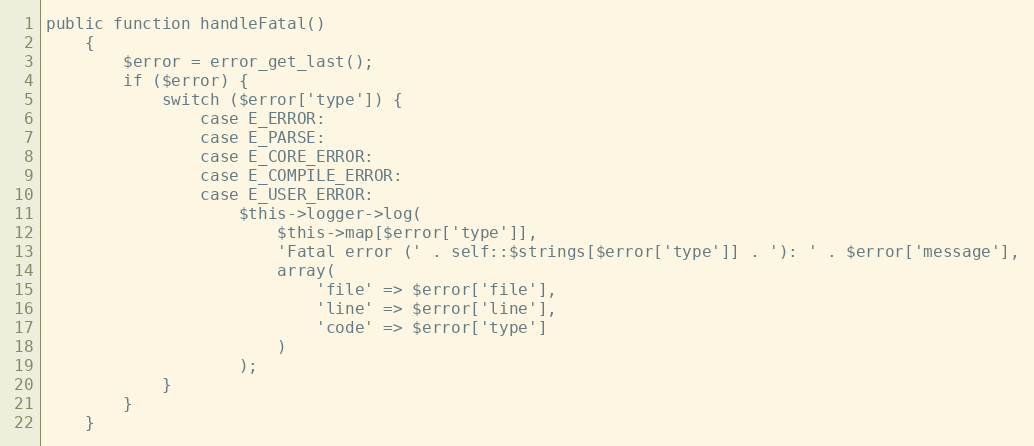
Language: PHP
public function handleFatal()
    {
        $error = error_get_last();
        if ($error) {
            switch ($error['type']) {
                case E_ERROR:
                case E_PARSE:
                case E_CORE_ERROR:
                case E_COMPILE_ERROR:
                case E_USER_ERROR:
                    $this->logger->log(
                        $this->map[$error['type']],
                        'Fatal error (' . self::$strings[$error['type']] . '): ' . $error['message'],
                        array(
                            'file' => $error['file'],
                            'line' => $error['line'],
                            'code' => $error['type']
                        )
                    );
            }
        }
    }